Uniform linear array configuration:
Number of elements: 16
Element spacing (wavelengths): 0.75
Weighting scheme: blackman
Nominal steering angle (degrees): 60
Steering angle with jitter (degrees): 59.011
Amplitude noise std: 0.05
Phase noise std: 0.05

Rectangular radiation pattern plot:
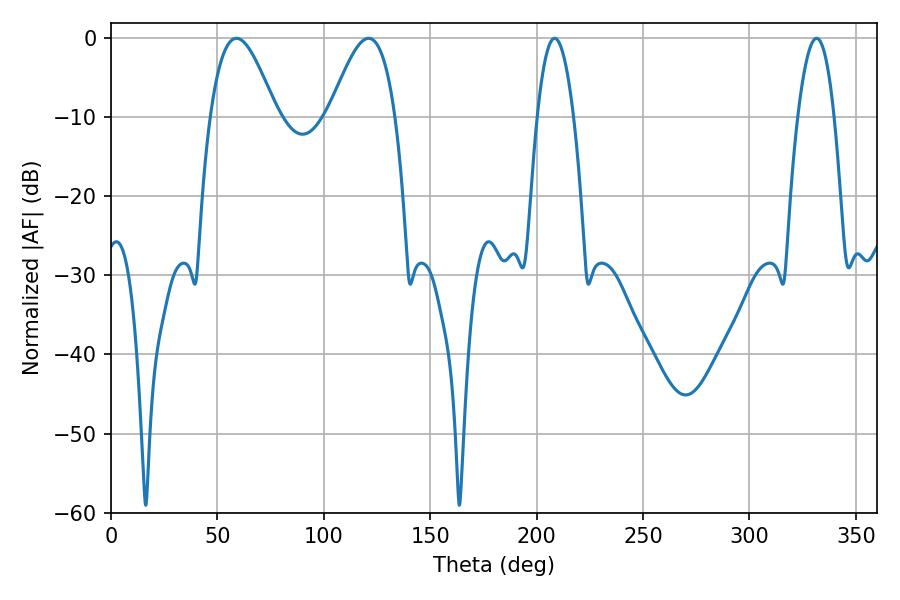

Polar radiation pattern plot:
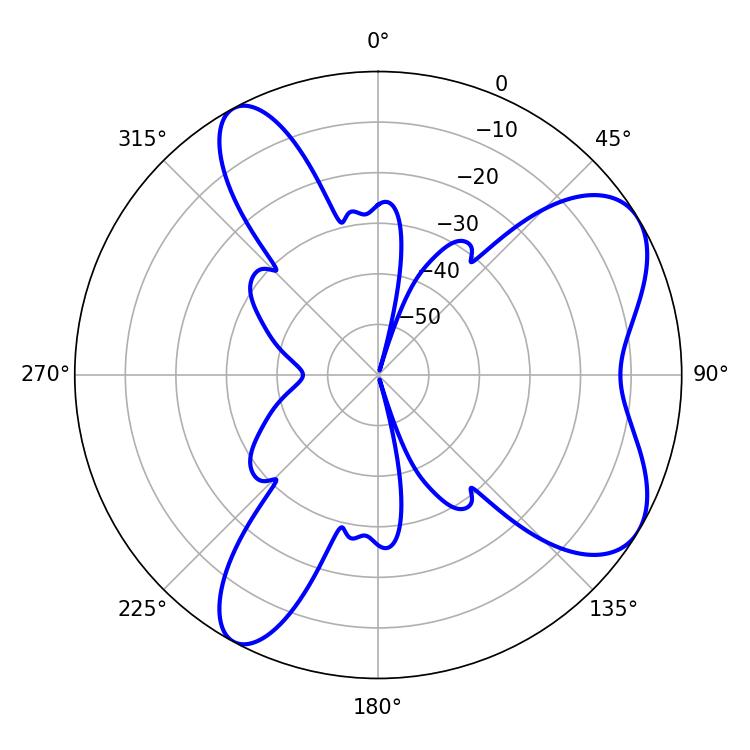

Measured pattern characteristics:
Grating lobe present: TRUE
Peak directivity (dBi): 6.931
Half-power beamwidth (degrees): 9.36
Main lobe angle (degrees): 331.56